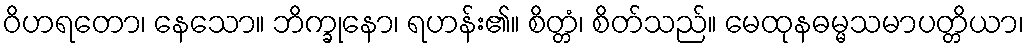
ဝိဟရတော၊ နေသော။ ဘိက္ခုနော၊ ရဟန်း၏။ စိတ္တံ၊ စိတ်သည်။ မေထုနဓမ္မသမာပတ္တိယာ၊